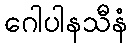
ဂေါပါနသီနံ